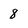
Character: 8